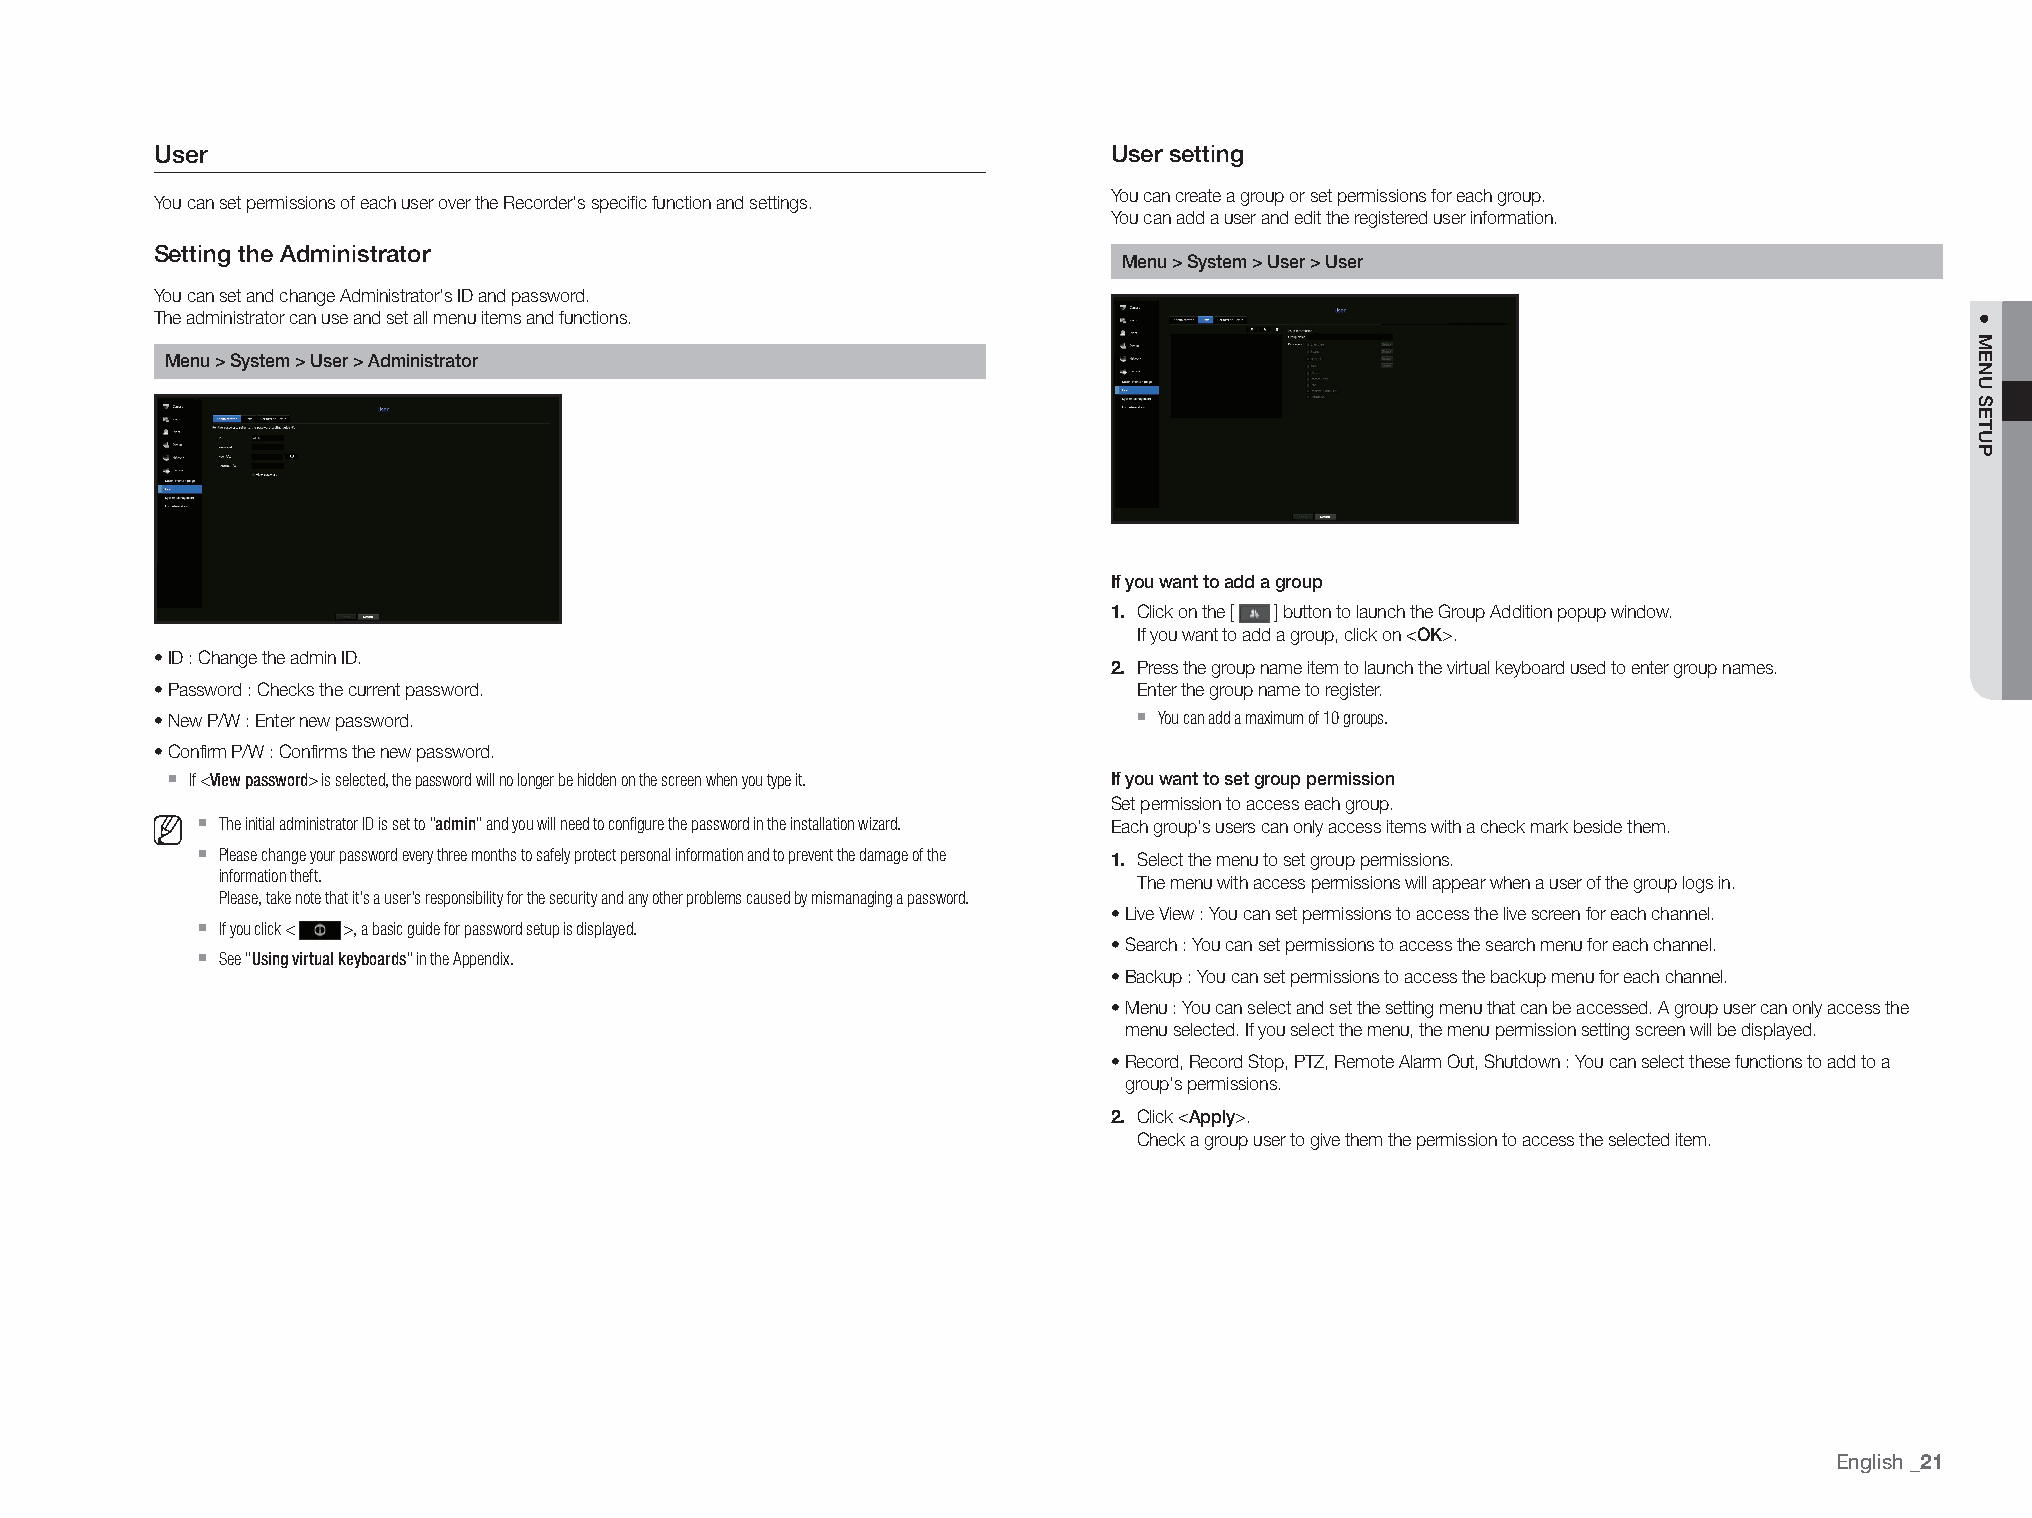
User                                                            User setting
 You can create a group or set permissions for each group.
 You can set permissions of each user over the Recorder's specific function and settings.
 You can add a user and edit the registered user information.
 Setting the Administrator                                       Menu > System > User > User
 You can set and change Administrator's ID and password.
 The administrator can use and set all menu items and functions.
 Menu > System > User > Administrator
 If you want to add a group
 1. Click on the [ ] button to launch the Group Addition popup window.
 If you want to add a group, click on <OK>.
 • ID : Change the admin ID.
 2. Press the group name item to launch the virtual keyboard used to enter group names.
 • Password : Checks the current password.                        Enter the group name to register.
 `
 • New P/W : Enter new password.                                    You can add a maximum of 10 groups.
 • Confirm P/W : Confirms the new password.
 `
 If <View password> is selected, the password will no longer be hidden on the screen when you type it. If you want to set group permission
 Set permission to access each group.
 `
 The initial administrator ID is set to "admin" and you will need to configure the password in the installation wizard. Each group's users can only access items with a check mark beside them.
 `
 Please change your password every three months to safely protect personal information and to prevent the damage of the 1. Select the menu to set group permissions.
 information theft.                                           The menu with access permissions will appear when a user of the group logs in.
 Please, take note that it's a user's responsibility for the security and any other problems caused by mismanaging a password.
 • Live View : You can set permissions to access the live screen for each channel.
 `
 If you click < >, a basic guide for password setup is displayed.
 • Search : You can set permissions to access the search menu for each channel.
 `
 See "Using virtual keyboards" in the Appendix.
 • Backup : You can set permissions to access the backup menu for each channel.
 • Menu : You can select and set the setting menu that can be accessed. A group user can only access the
 menu selected. If you select the menu, the menu permission setting screen will be displayed.
 • Record, Record Stop, PTZ, Remote Alarm Out, Shutdown : You can select these functions to add to a
 group's permissions.
 2. Click <Apply>.
 Check a group user to give them the permission to access the selected item.
 English
 _21
 ●
 MENU
 SETUP